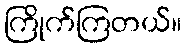
ကြိုက်ကြတယ်။